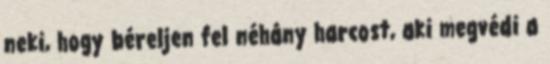
neki, hogy béreljen fel néhány harcost, aki megvédi a